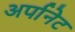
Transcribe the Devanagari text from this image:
अर्पानेट